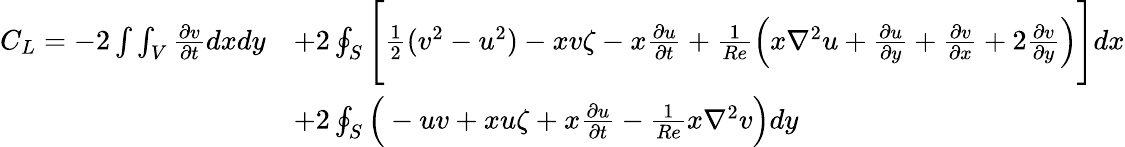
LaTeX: \begin{array}{rl}{C_{L}=-2\int\int_{V}\frac{\partial v}{\partial t}dxdy}&{+2\oint_{S}\Bigg[\frac{1}{2}(v^{2}-u^{2})-xv\zeta-x\frac{\partial u}{\partial t}+\frac{1}{Re}\Big(x\nabla^{2}u+\frac{\partial u}{\partial y}+\frac{\partial v}{\partial x}+2\frac{\partial v}{\partial y}\Big)\Bigg]dx}\\ &{+2\oint_{S}\Big(-uv+xu\zeta+x\frac{\partial u}{\partial t}-\frac{1}{Re}x\nabla^{2}v\Big)dy}\end{array}